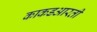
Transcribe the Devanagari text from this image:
काकडआरती